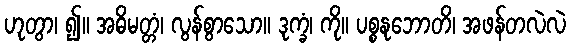
ဟုတွာ၊ ၍။ အဓိမတ္တံ၊ လွန်စွာသော။ ဒုက္ခံ၊ ကို။ ပစ္စနုဘောတိ၊ အဖန်တလဲလဲ